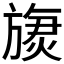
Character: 𬀏